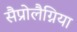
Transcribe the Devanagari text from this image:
सैप्रोलैग्निया